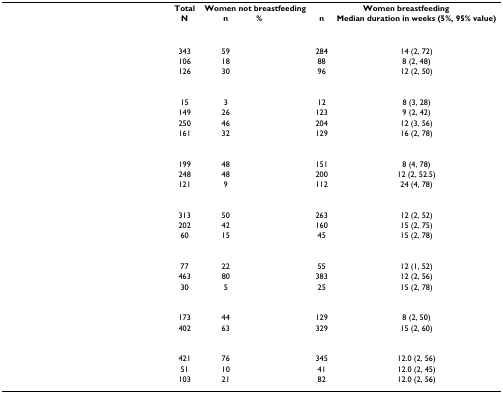
<table><thead><tr><td>[EMPTY_CELL]</td><td><b>Total</b></td><td colspan="2"><b>Women not breastfeeding</b></td><td colspan="2"><b>Women breastfeeding</b></td></tr><tr><td>[EMPTY_CELL]</td><td><b>N</b></td><td><b>n</b></td><td><b>%</b></td><td><b>n</b></td><td><b>Median duration in weeks (5%, 95% value)</b></td></tr></thead><tbody><tr><td>[EMPTY_CELL]</td><td>[EMPTY_CELL]</td><td>[EMPTY_CELL]</td><td>[EMPTY_CELL]</td><td>[EMPTY_CELL]</td><td>[EMPTY_CELL]</td></tr><tr><td>[EMPTY_CELL]</td><td>343</td><td>59</td><td>[EMPTY_CELL]</td><td>284</td><td>14 (2, 72)</td></tr><tr><td>[EMPTY_CELL]</td><td>106</td><td>18</td><td>[EMPTY_CELL]</td><td>88</td><td>8 (2, 48)</td></tr><tr><td>[EMPTY_CELL]</td><td>126</td><td>30</td><td>[EMPTY_CELL]</td><td>96</td><td>12 (2, 50)</td></tr><tr><td>[EMPTY_CELL]</td><td>[EMPTY_CELL]</td><td>[EMPTY_CELL]</td><td>[EMPTY_CELL]</td><td>[EMPTY_CELL]</td><td>[EMPTY_CELL]</td></tr><tr><td>[EMPTY_CELL]</td><td>15</td><td>3</td><td>[EMPTY_CELL]</td><td>12</td><td>8 (3, 28)</td></tr><tr><td>[EMPTY_CELL]</td><td>149</td><td>26</td><td>[EMPTY_CELL]</td><td>123</td><td>9 (2, 42)</td></tr><tr><td>[EMPTY_CELL]</td><td>250</td><td>46</td><td>[EMPTY_CELL]</td><td>204</td><td>12 (3, 56)</td></tr><tr><td>[EMPTY_CELL]</td><td>161</td><td>32</td><td>[EMPTY_CELL]</td><td>129</td><td>16 (2, 78)</td></tr><tr><td>[EMPTY_CELL]</td><td>[EMPTY_CELL]</td><td>[EMPTY_CELL]</td><td>[EMPTY_CELL]</td><td>[EMPTY_CELL]</td><td>[EMPTY_CELL]</td></tr><tr><td>[EMPTY_CELL]</td><td>199</td><td>48</td><td>[EMPTY_CELL]</td><td>151</td><td>8 (4, 78)</td></tr><tr><td>[EMPTY_CELL]</td><td>248</td><td>48</td><td>[EMPTY_CELL]</td><td>200</td><td>12 (2, 52.5)</td></tr><tr><td>[EMPTY_CELL]</td><td>121</td><td>9</td><td>[EMPTY_CELL]</td><td>112</td><td>24 (4, 78)</td></tr><tr><td>[EMPTY_CELL]</td><td>[EMPTY_CELL]</td><td>[EMPTY_CELL]</td><td>[EMPTY_CELL]</td><td>[EMPTY_CELL]</td><td>[EMPTY_CELL]</td></tr><tr><td>[EMPTY_CELL]</td><td>313</td><td>50</td><td>[EMPTY_CELL]</td><td>263</td><td>12 (2, 52)</td></tr><tr><td>[EMPTY_CELL]</td><td>202</td><td>42</td><td>[EMPTY_CELL]</td><td>160</td><td>15 (2, 75)</td></tr><tr><td>[EMPTY_CELL]</td><td>60</td><td>15</td><td>[EMPTY_CELL]</td><td>45</td><td>15 (2, 78)</td></tr><tr><td>[EMPTY_CELL]</td><td>[EMPTY_CELL]</td><td>[EMPTY_CELL]</td><td>[EMPTY_CELL]</td><td>[EMPTY_CELL]</td><td>[EMPTY_CELL]</td></tr><tr><td>[EMPTY_CELL]</td><td>77</td><td>22</td><td>[EMPTY_CELL]</td><td>55</td><td>12 (1, 52)</td></tr><tr><td>[EMPTY_CELL]</td><td>463</td><td>80</td><td>[EMPTY_CELL]</td><td>383</td><td>12 (2, 56)</td></tr><tr><td>[EMPTY_CELL]</td><td>30</td><td>5</td><td>[EMPTY_CELL]</td><td>25</td><td>15 (2, 78)</td></tr><tr><td>[EMPTY_CELL]</td><td>[EMPTY_CELL]</td><td>[EMPTY_CELL]</td><td>[EMPTY_CELL]</td><td>[EMPTY_CELL]</td><td>[EMPTY_CELL]</td></tr><tr><td>[EMPTY_CELL]</td><td>173</td><td>44</td><td>[EMPTY_CELL]</td><td>129</td><td>8 (2, 50)</td></tr><tr><td>[EMPTY_CELL]</td><td>402</td><td>63</td><td>[EMPTY_CELL]</td><td>329</td><td>15 (2, 60)</td></tr><tr><td>[EMPTY_CELL]</td><td>[EMPTY_CELL]</td><td>[EMPTY_CELL]</td><td>[EMPTY_CELL]</td><td>[EMPTY_CELL]</td><td>[EMPTY_CELL]</td></tr><tr><td>[EMPTY_CELL]</td><td>421</td><td>76</td><td>[EMPTY_CELL]</td><td>345</td><td>12.0 (2, 56)</td></tr><tr><td>[EMPTY_CELL]</td><td>51</td><td>10</td><td>[EMPTY_CELL]</td><td>41</td><td>12.0 (2, 45)</td></tr><tr><td>[EMPTY_CELL]</td><td>103</td><td>21</td><td>[EMPTY_CELL]</td><td>82</td><td>12.0 (2, 56)</td></tr></tbody></table>